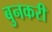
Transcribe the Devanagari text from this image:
बुनकरी